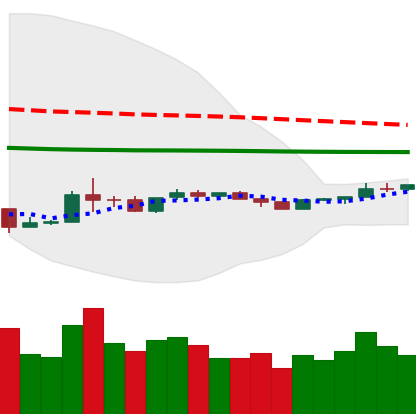
Ticker: ETH-USD
Chart end date: 2020-04-04
Forward return: 17.62%
Label: up_7plus